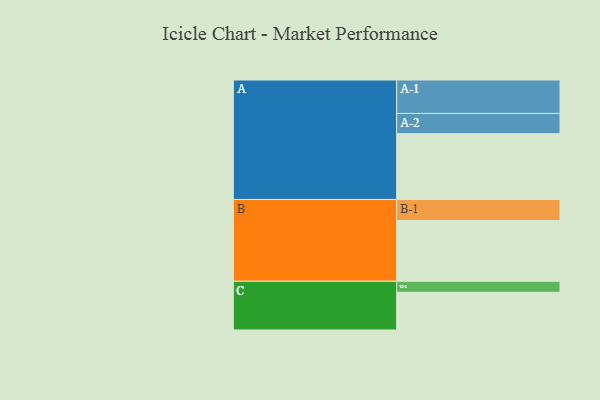
{"axis": {"x": "Segment", "y": "Value"}, "legend": ["", "A", "B", "C"], "data": [{"x": "A", "y": 547, "type": ""}, {"x": "B", "y": 505, "type": ""}, {"x": "C", "y": 313, "type": ""}, {"x": "A-1", "y": 278, "type": "A"}, {"x": "A-2", "y": 168, "type": "A"}, {"x": "B-1", "y": 175, "type": "B"}, {"x": "C-1", "y": 92, "type": "C"}]}